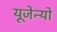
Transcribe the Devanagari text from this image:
यूजेन्यो